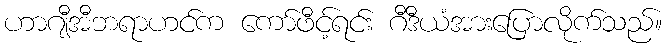
ဟာဂျီအီဘရာဟင်က ကော်ဖီင့်ရင်း ဂီဒီယံအားပြောလိုက်သည်။